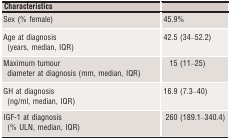
| Characteristics |  |
 | --- | --- |
 | Sex (% female) | 45.9% |
 | Age at diagnosis (years, median, IQR) | 42.5 (34–52.2) |
 | Maximum tumour diameter at diagnosis (mm, median, IQR) | 15 (11–25) |
 | GH at diagnosis (ng/ml, median, IQR) | 16.9 (7.3–40) |
 | IGF‐1 at diagnosis (% ULN, median, IQR) | 260 (189.1–340.4) |